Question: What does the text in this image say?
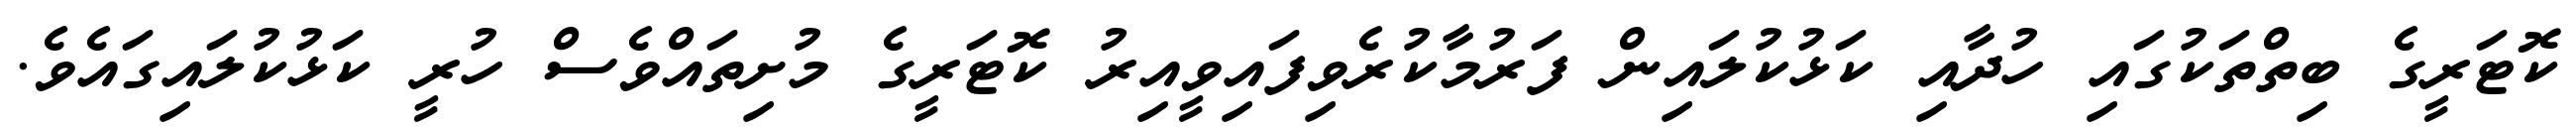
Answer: ކޮޓަރީގެ ބިތްތަކުގައި ހުދާއި ކަޅުކުލައިން ފަރުމާކުރެވިފައިވީއިރު ކޮޓަރީގެ މުށިތައްވެސް ހުރީ ކަޅުކުލައިގައެވެ.